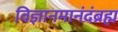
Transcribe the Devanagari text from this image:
विज्ञानमानंदंब्रह्म